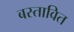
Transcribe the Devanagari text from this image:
बस्तावित